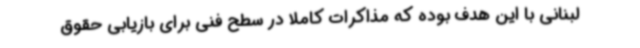
لبنانی با این هدف بوده که مذاکرات کاملا در سطح فنی برای بازیابی حقوق